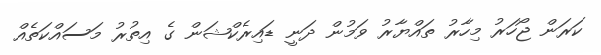
ކަރަން ޖޯހަރު މިހާރު ތައްޔާރު ވަމުން ދަނީ ޑައިރެކްޝަން ގެ އިތުރު މަސައްކަތެއް